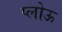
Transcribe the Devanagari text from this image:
प्लोऊ